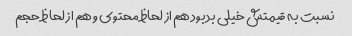
نسبت به قیمتش خیلی بد بود هم از لحاظ محتوی و هم از لحاظ حجم